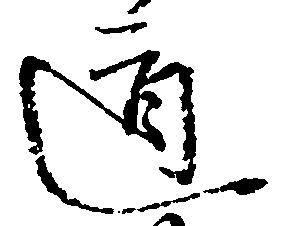
道